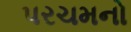
પરચમનો